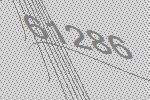
61286